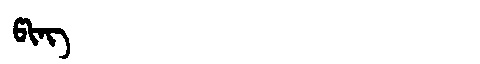
Manchu: ᡦᡳᠩ
Romanization: PING